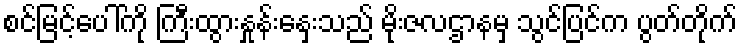
စင်မြင့်ပေါ်ကို ကြီးထွားနှုန်းနှေးသည် မိုးဇလဌာနမှ သွင်ပြင်က ပွတ်တိုက်